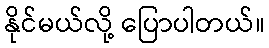
နိုင်မယ်လို့ ပြောပါတယ်။